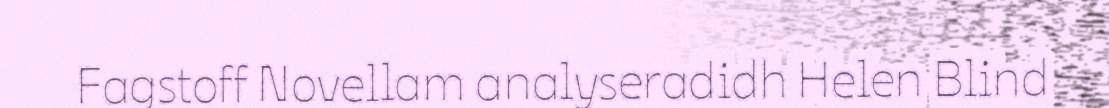
Fagstoff Novellam analyseradidh Helen Blind